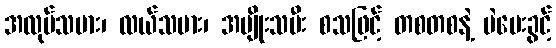
အလုပ်သမား၊ လယ်သမား၊ အမျိုးသမီး စသဖြင့် တစတစနဲ့ မဲပေးခွင့်